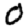
Digit: 0